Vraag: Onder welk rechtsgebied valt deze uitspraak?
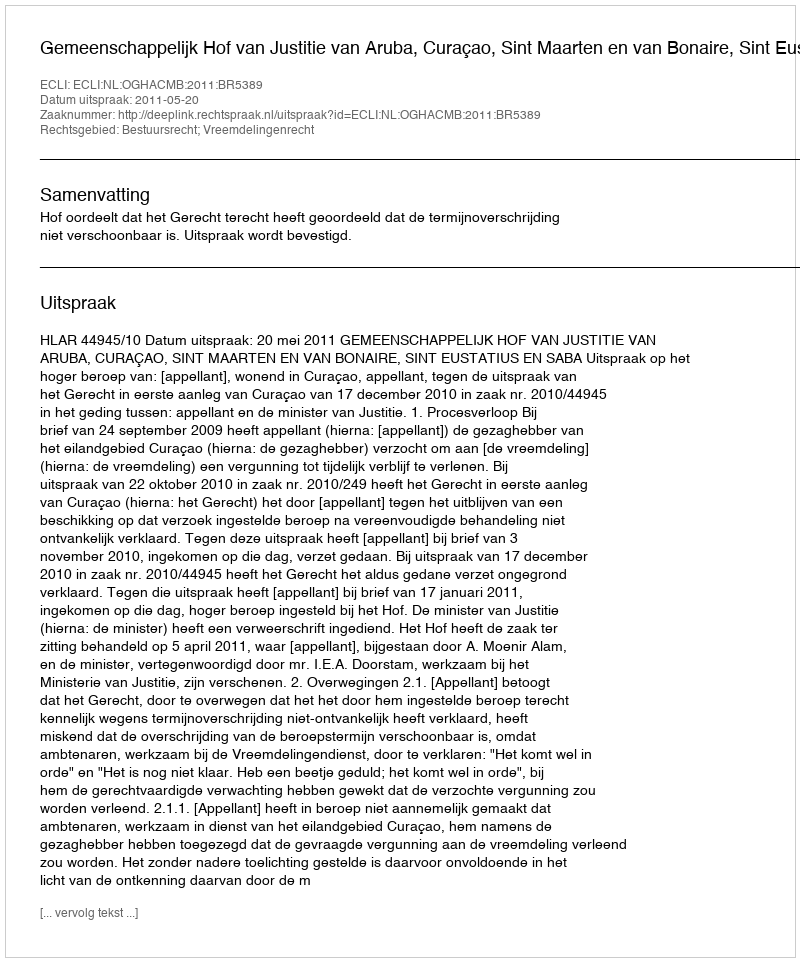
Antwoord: Bestuursrecht; Vreemdelingenrecht